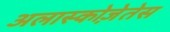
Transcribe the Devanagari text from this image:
अलास्कोज़ेतेस